Malaria in the Duars
Disease focus: Malaria
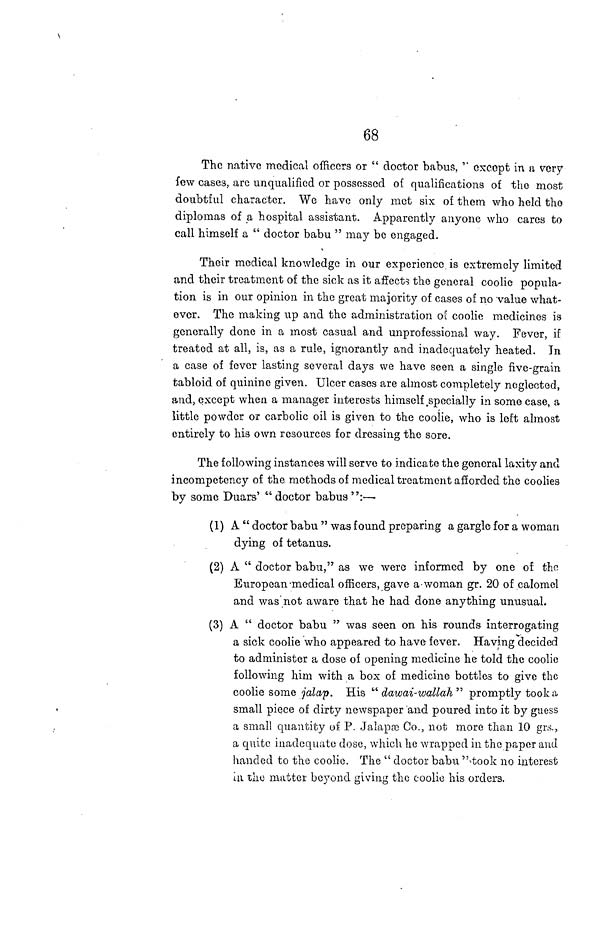
68
The native medical officers or " doctor babus, " except in a, very
few cases, are unqualified or possessed of qualifications of the most
doubtful character. We have only met six of them who held the
diplomas of a hospital assistant. Apparently anyone who cares to
call himself a " doctor babu " may be engaged.
Their medical knowledge in our experience is extremely limited
and their treatment of the sick as it affects the general coolie popula-
tion is in our opinion in the great majority of cases of no value what-
ever. The making up and the administration of coolie medicines is
generally done in a most casual and unprofessional way. Fever, if
treated at all, is, as a rule, ignorantly and inadequately heated. In
a case of fever lasting several days we have seen a single five-grain
tabloid of quinine given. Ulcer cases are almost completely neglected,
and, except when a manager interests himself specially in some case, a
little powder or carbolic oil is given to the coolie, who is left almost
entirely to his own resources for dressing the sore.
The following instances will serve to indicate the general laxity and
incompetency of the methods of medical treatment afforded the coolies
by some Duars' "doctor babus":—
(1) A " doctor babu " was found preparing a gargle for a woman
dying of tetanus.
(2) A " doctor babu," as we were informed by one of the
European-medical officers, gave a woman gr. 20 of calomel
and was not aware that he had done anything unusual.
(3) A " doctor babu " was seen on his rounds interrogating
a sick coolie who appeared to have fever. Having decided
to administer a dose of opening medicine he told the coolie
following him with a box of medicine bottles to give the
coolie some jalap. His " dawai-wallah " promptly took a,
small piece of dirty newspaper and poured into it by guess
a small quantity of P. Jalapæ Co., not more than 10 grs.,
a quite inadequate dose, which he wrapped in the paper and
handed to the coolie. The " doctor babu " took no interest
in the matter beyond giving the coolie his orders.